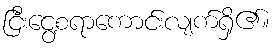
ငြီးငွေ့စရာကောင်းလျက်ရှိ၏။